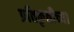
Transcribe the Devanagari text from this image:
प्रतिकृतीच्या